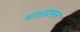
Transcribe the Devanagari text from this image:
बाढ़ग्रस्‍त